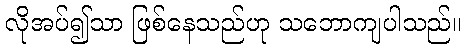
လိုအပ်၍သာ ဖြစ်နေသည်ဟု သဘောကျပါသည်။